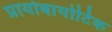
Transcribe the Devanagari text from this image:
प्रायोबायोटिक